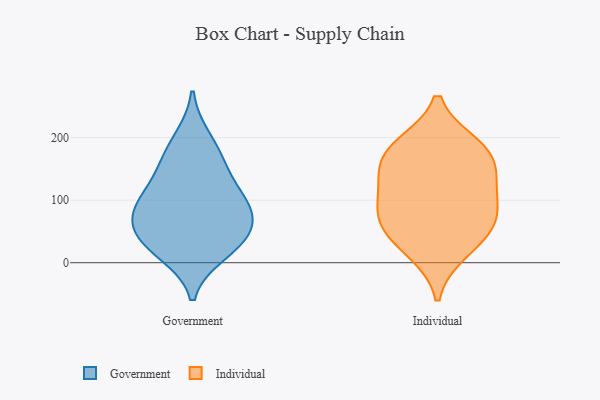
{"axis": {"x": "Customer Acquisition Cost (USD)", "y": "Value"}, "legend": ["Government", "Individual"], "data": [{"x": "", "y": 162, "type": "Government"}, {"x": "", "y": 101, "type": "Government"}, {"x": "", "y": 43, "type": "Government"}, {"x": "", "y": 155, "type": "Government"}, {"x": "", "y": 55, "type": "Government"}, {"x": "", "y": 199, "type": "Government"}, {"x": "", "y": 105, "type": "Government"}, {"x": "", "y": 22, "type": "Government"}, {"x": "", "y": 15, "type": "Government"}, {"x": "", "y": 54, "type": "Government"}, {"x": "", "y": 79, "type": "Government"}, {"x": "", "y": 98, "type": "Government"}, {"x": "", "y": 43, "type": "Individual"}, {"x": "", "y": 73, "type": "Individual"}, {"x": "", "y": 92, "type": "Individual"}, {"x": "", "y": 130, "type": "Individual"}, {"x": "", "y": 179, "type": "Individual"}, {"x": "", "y": 19, "type": "Individual"}, {"x": "", "y": 69, "type": "Individual"}, {"x": "", "y": 187, "type": "Individual"}, {"x": "", "y": 172, "type": "Individual"}, {"x": "", "y": 134, "type": "Individual"}]}